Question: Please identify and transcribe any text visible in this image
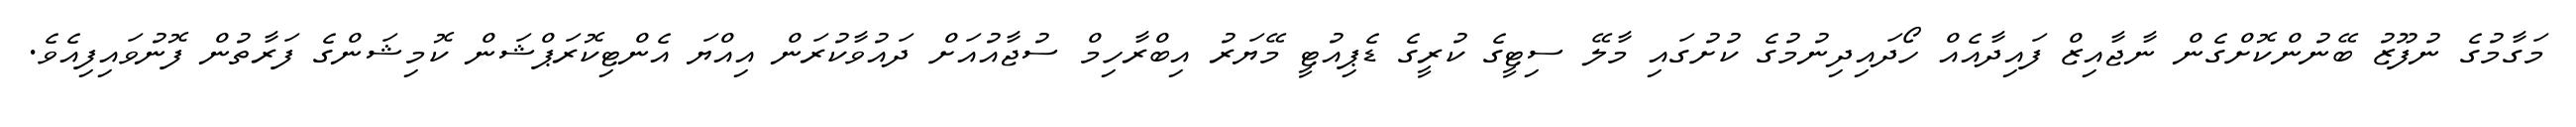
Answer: މަގާމުގެ ނުފޫޒު ބޭނުންކޮށްގެން ނާޖާއިޒް ފައިދާއެއް ހޯދައިދިނުމުގެ ކުށުގައި މާލޭ ސިޓީގެ ކުރީގެ ޑެޕިއުޓީ މޭޔަރު އިބްރާހިމް ސުޖާއުއަށް ދައުވާކުރަން އިއްޔަ އެންޓިކޮރަޕްޝަން ކޮމިޝަންގެ ފަރާތުން ފޮނުވައިފިއެވެ.